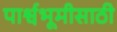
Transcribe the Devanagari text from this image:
पार्श्वभूमीसाठी